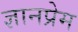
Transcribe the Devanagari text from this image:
ज्ञानप्रेम